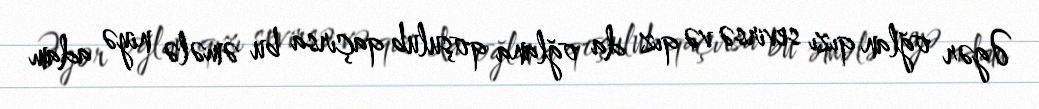
Əgər oğlan qızı sevirsə və qız da oğlana qoşulub qaçırsa bu əmələ niyə adam